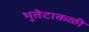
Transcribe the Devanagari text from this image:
भुतेटाकळी